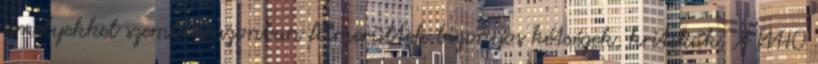
amelyekkel szemben azonban felmerültek bizonyos kétségek, kritikák. A WHO